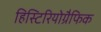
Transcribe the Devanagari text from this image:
हिस्टिरियोग्रैफिक